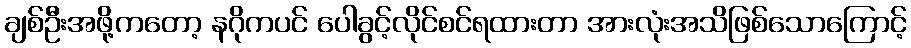
ချစ်ဦးအဖို့ကတော့ နဂိုကပင် ပေါခွင့်လိုင်စင်ရထားတာ အားလုံးအသိဖြစ်သောကြောင့်